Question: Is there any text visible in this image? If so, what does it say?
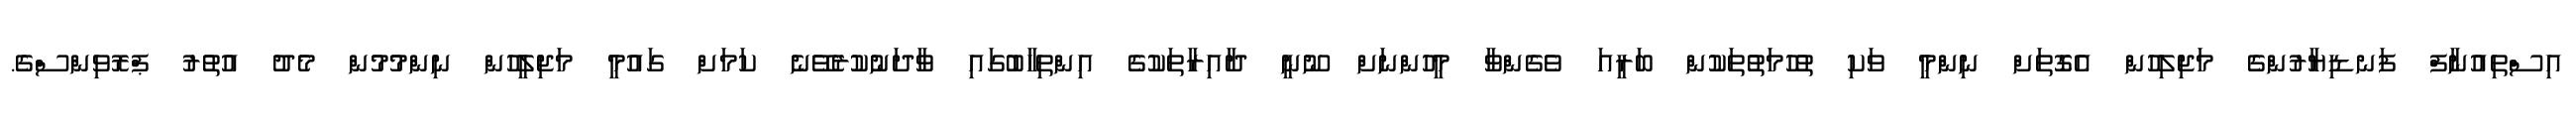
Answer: އިސްތިއުނާފް ފަނޑިޔާރުންގެ މަޖިލިހުން އެގޮތަށް ނިންމީ ވަކި ތުހުމަތުތަކުން ބަރީއަ ވެގެންވާ މީހުންނަށް ނޫނީ ދާއިރާތަކުގެ އިންތިހާބުގައި ވާދަނުކުރެވޭނެ ކަމަށް ގައުމީ މަޖިލީހުން ނިންމުމުން މެދު އުތުރު ޕްރޮވިންސްގެ.